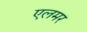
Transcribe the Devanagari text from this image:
एलमर